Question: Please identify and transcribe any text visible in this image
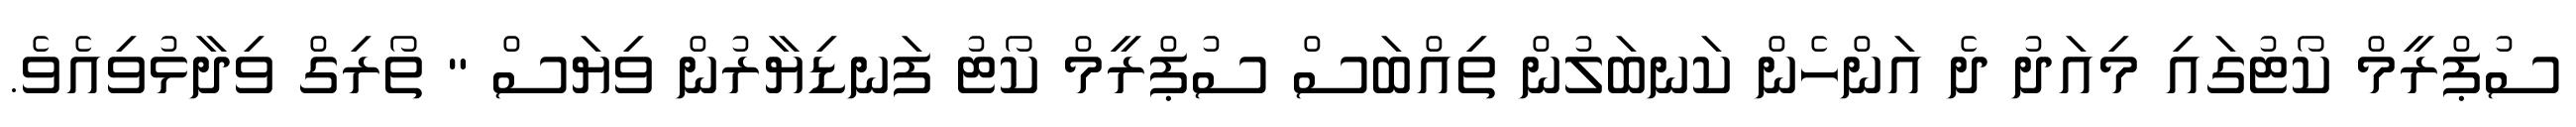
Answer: ސުޕްރީމް ކޯޓުގައި މިއަދު ދެ އަންހެން ކަނބަލުން ތިއްބަސް ސުޕްރީމް ކޯޓު ފަނޑިޔާރުން ވިޔަސް " ތޯރިގް ވިދާޅުވިއެވެ.